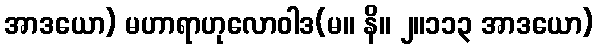
အာဒယော) မဟာရာဟုလောဝါဒ(မ။ နိ။ ၂။၁၁၃ အာဒယော)